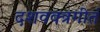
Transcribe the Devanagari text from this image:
दशवक्त्रगीतं